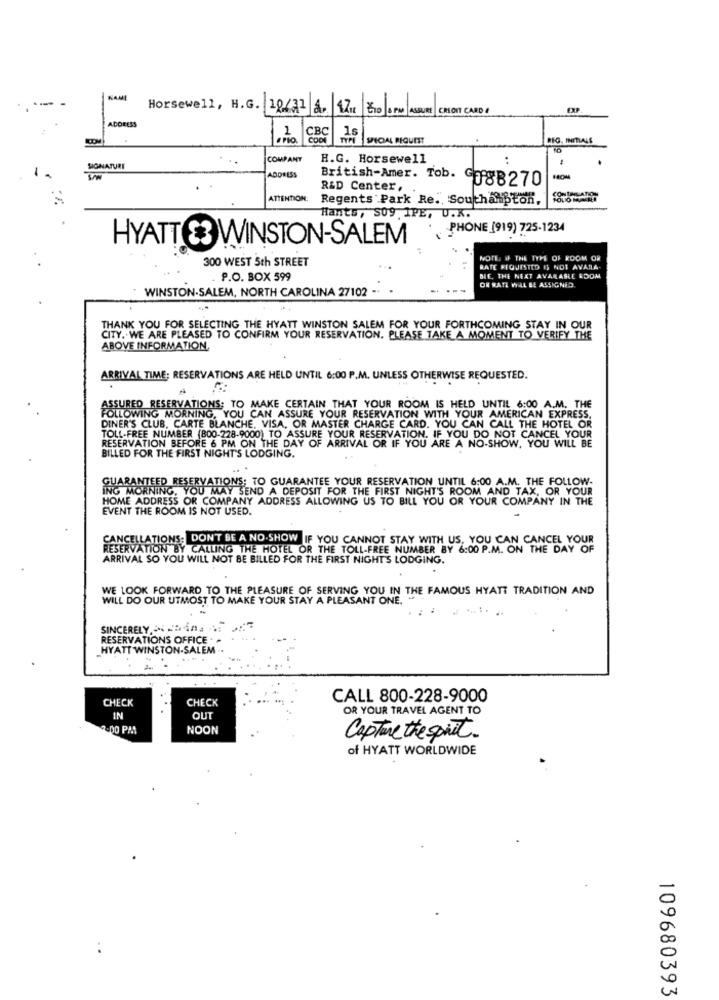
KAMI
Horsewell, H.G. 10/31 8. 171 Z10 0 PM ASSURE CREDIT CARD !
ADDRESS
1
CBC
1s
COOK
TYPE
SPECIAL REQUEST
REG. INITIALE
COMPANY
H.G. Horsewell
SIGNATURE
ADDRESS
British-Amer. Tob.
9088270
R&D Center,
CONTALATION
ATTENTION:
Regents Park Re ., Southalipton,
-
Hants, 509 IPE, U.K.
PHONE (919) 725-1234
HYATT £3 WINSTON-SALEM
300 WEST 5th STREET
NOTE @ THE TYPE OF ROOM OR
BATE REQUESTED IS NOT AVARA-
P.O. BOX 599
DIE, THE NEXT AVARASLE EDOM
OR KATE WILL BE ASSIGNED
WINSTON-SALEM, NORTH CAROLINA 27102
THANK YOU FOR SELECTING THE HYATT WINSTON SALEM FOR YOUR FORTHCOMING STAY IN OUR
CITY. WE ARE PLEASED TO CONFIRM YOUR RESERVATION. PLEASE TAKE A MOMENT TO VERIFY THE
ABOVE INFORMATION.
ARRIVAL TIME; RESERVATIONS ARE HELD UNTIL 6:00 P.M. UNLESS OTHERWISE REQUESTED.
ASSURED RESERVATIONS; TO MAKE CERTAIN THAT YOUR ROOM IS HELD UNTIL 6:00 A.M. THE
FOLLOWING MORNING, YOU CAN ASSURE YOUR RESERVATION WITH YOUR AMERICAN EXPRESS.
DINER'S CLUB, CARTE BLANCHE, VISA, OR MASTER CHARGE CARD. YOU CAN CALL THE HOTEL OR
RESERVATION BEFORE 6 PM ON THE DAY OF ARRIVAL OR IF YOU ARE A NO-SHOW, YOU WILL BE
TOLL-FREE NUMBER (800-228-9000) TO ASSURE YOUR RESERVATION. IF YOU DO NOT CANCEL YOUR
BILLED FOR THE FIRST NIGHT'S LODGING.
ING MORNING, YOU MAY SEND A DEPOSIT FOR THE FIRST NIGHT'S ROOM AND TAX, OR YOUR
NTEED RESERVATIONS; TO GUARANTEE YOUR RESERVATION UNTIL 6:00 A.M. THE FOLLOW-
HOME ADDRESS OR COMPANY ADDRESS ALLOWING US TO BILL YOU OR YOUR COMPANY IN THE
EVENT THE ROOM IS NOT USED.
CANCELLATIONS: DON'T BE A NO-SHOW IF YOU CANNOT STAY WITH US, YOU CAN CANCEL YOUR
RESERVATION BY CALLING THE HOTEL OR THE TOLL-FREE NUMBER BY 6:00 P.M. ON THE DAY OF
ARRIVAL SO YOU WILL NOT BE BILLED FOR THE FIRST NIGHT'S LODGING.
WE LOOK FORWARD TO THE PLEASURE OF SERVING YOU IN THE FAMOUS HYATT TRADITION AND
WILL DO OUR UTMOST TO MAKE YOUR STAY A PLEASANT ONE.
SINCERELY & Dina
RESERVATIONS OFFICE
HYATT WINSTON-SALEM
CHECK
CHECK
CALL 800-228-9000
OR YOUR TRAVEL AGENT TO
IN
OUT
.DO PM
NOON
Capture the spirit.
of HYATT WORLDWIDE
109680393